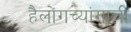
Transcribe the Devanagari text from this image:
हैलोंगच्यांगाची